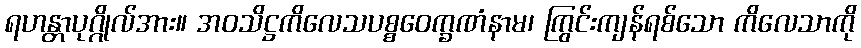
ရဟန္တာပုဂ္ဂိုလ်အား။ အဝသိဋ္ဌကိလေသပစ္စဝေက္ခဏံနာမ၊ ကြွင်းကျန်ရစ်သော ကိလေသာကို